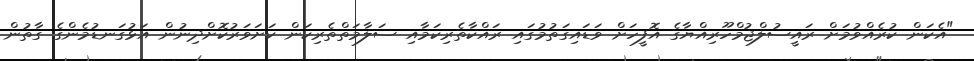
"އެކަން ކުރެއްވުމަށް ރައީސުލްޖުމްހޫރިއްޔާގެ އޮފީހަށް ވަޑައިގަތުމުގައި ރައްކާތެރިކަމާއި ސަލާމަތްތެރިކަން ކަށަވަރުކޮށްދިނުން އަޅުގަނޑުމެންގެ ގާތުން